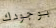
بوجودك